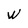
Character: W